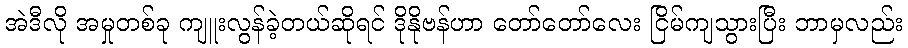
အဲဒီလို အမှုတစ်ခု ကျူးလွန်ခဲ့တယ်ဆိုရင် ဒိုနိုဗန်ဟာ တော်တော်လေး ငြိမ်ကျသွားပြီး ဘာမှလည်း